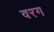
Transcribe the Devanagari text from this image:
वरग